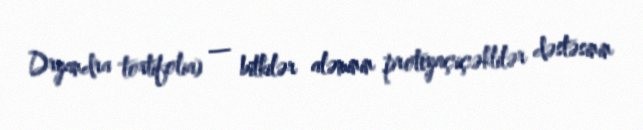
Dryandra tortifolia) — bitkilər aləminin proteyaçiçəklilər dəstəsinin